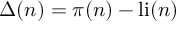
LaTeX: \Delta ( n ) = \pi ( n ) - \operatorname { l i } ( n )